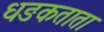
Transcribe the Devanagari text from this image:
धङकताता